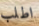
اطلب